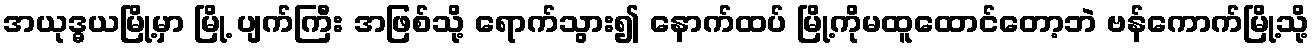
အယုဒ္ဓယမြို့မှာ မြို့ ပျက်ကြီး အဖြစ်သို့ ရောက်သွား၍ နောက်ထပ် မြို့ကိုမထူထောင်တော့ဘဲ ဗန်ကောက်မြို့သို့